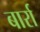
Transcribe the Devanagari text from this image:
बार्रा